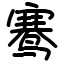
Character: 𬸣